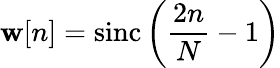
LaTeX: \mathbf{w}[n]=\operatorname{sinc}\left({\frac{{2n}}{{N}}}-1\right)